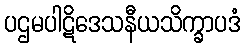
ပဌမပါဋိဒေသနီယသိက္ခာပဒံ